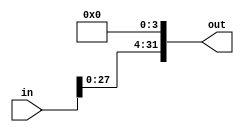
module shiftLeft4(in, out);

	input [31:0] in;
	
	output [31:0] out;
	
	assign out[31:4] = in[27:0];
	assign out[3:0] = 4'b0;

endmodule